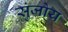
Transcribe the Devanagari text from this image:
सुंजोय